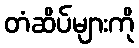
တံဆိပ်များကို